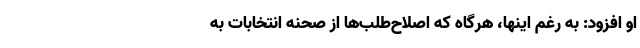
او افزود: به رغم اینها، هرگاه که اصلاح‌طلب‌ها از صحنه انتخابات به